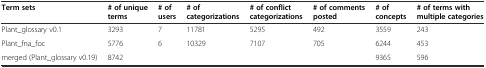
<table><thead><tr><td><b>Term sets</b></td><td><b># of unique terms</b></td><td><b># of users</b></td><td><b># of categorizations</b></td><td><b># of conflict categorizations</b></td><td><b># of comments posted</b></td><td><b># of concepts</b></td><td><b># of terms with multiple categories</b></td></tr></thead><tbody><tr><td>Plant_glossary v0.1</td><td>3293</td><td>7</td><td>11781</td><td>5295</td><td>492</td><td>3559</td><td>243</td></tr><tr><td>Plant_fna_foc</td><td>5776</td><td>6</td><td>10329</td><td>7107</td><td>705</td><td>6244</td><td>453</td></tr><tr><td>merged (Plant_glossary v0.19)</td><td>8742</td><td></td><td></td><td></td><td></td><td>9365</td><td>596</td></tr></tbody></table>